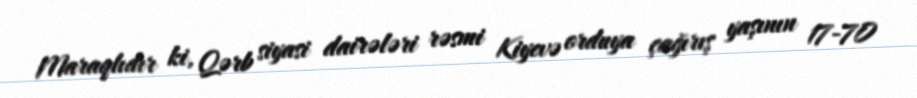
Maraqlıdır ki, Qərb siyasi dairələri rəsmi Kiyevə orduya çağırış yaşının 17-70